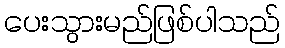
ပေးသွားမည်ဖြစ်ပါသည်